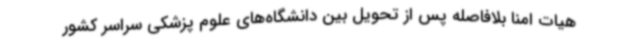
هیات امنا بلافاصله پس از تحویل بین دانشگاه‌های علوم پزشکی سراسر کشور